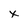
Character: x